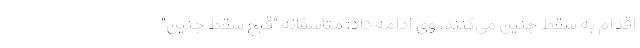
اقدام به سقط جنین می‌‌کنند. وی ادامه داد: متأسفانه "قبح سقط جنین"